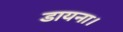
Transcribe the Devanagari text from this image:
डायना।